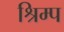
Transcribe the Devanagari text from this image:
श्रिम्‍प